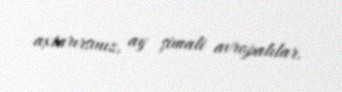
axtarırsınız, ay şimali avropalılar.